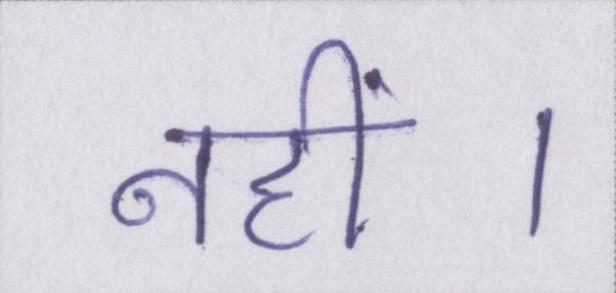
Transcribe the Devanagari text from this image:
नहीं।